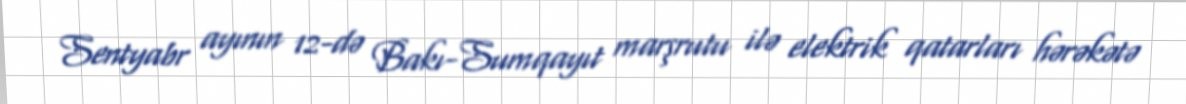
Sentyabr ayının 12-də Bakı-Sumqayıt marşrutu ilə elektrik qatarları hərəkətə